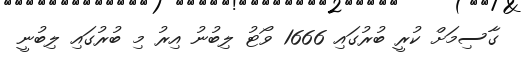
ގާސިމަށް ކުރީ ބުރުގައި 1666 ވޯޓު ލިބުނު އިރު މި ބުރުގައި ލިބުނީ